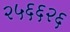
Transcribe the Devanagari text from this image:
२५६६२६